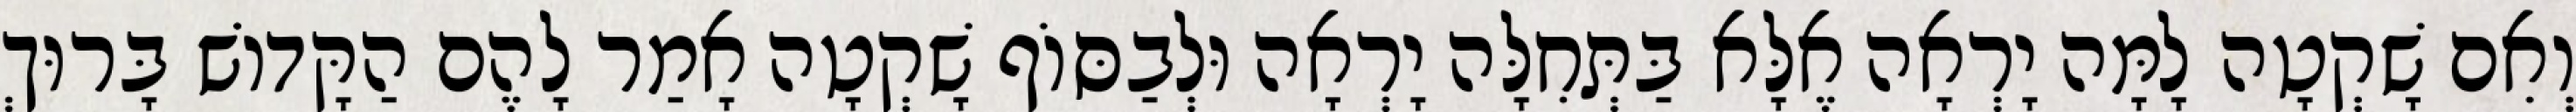
וְאִם שָׁקְטָה לָמָּה יָרְאָה אֶלָּא בַּתְּחִלָּה יָרְאָה וּלְבַסּוֹף שָׁקְטָה אָמַר לָהֶם הַקָּדוֹשׁ בָּרוּךְ